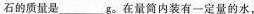
石的质量是______g。在量筒内装有一定量的水，